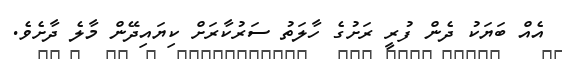
އެއް ބަޔަކު ދެން ފުރީ ރަށުގެ ހާލަތު ސަރުކާރަށް ކިޔައިދޭން މާލެ ދާށެވެ.